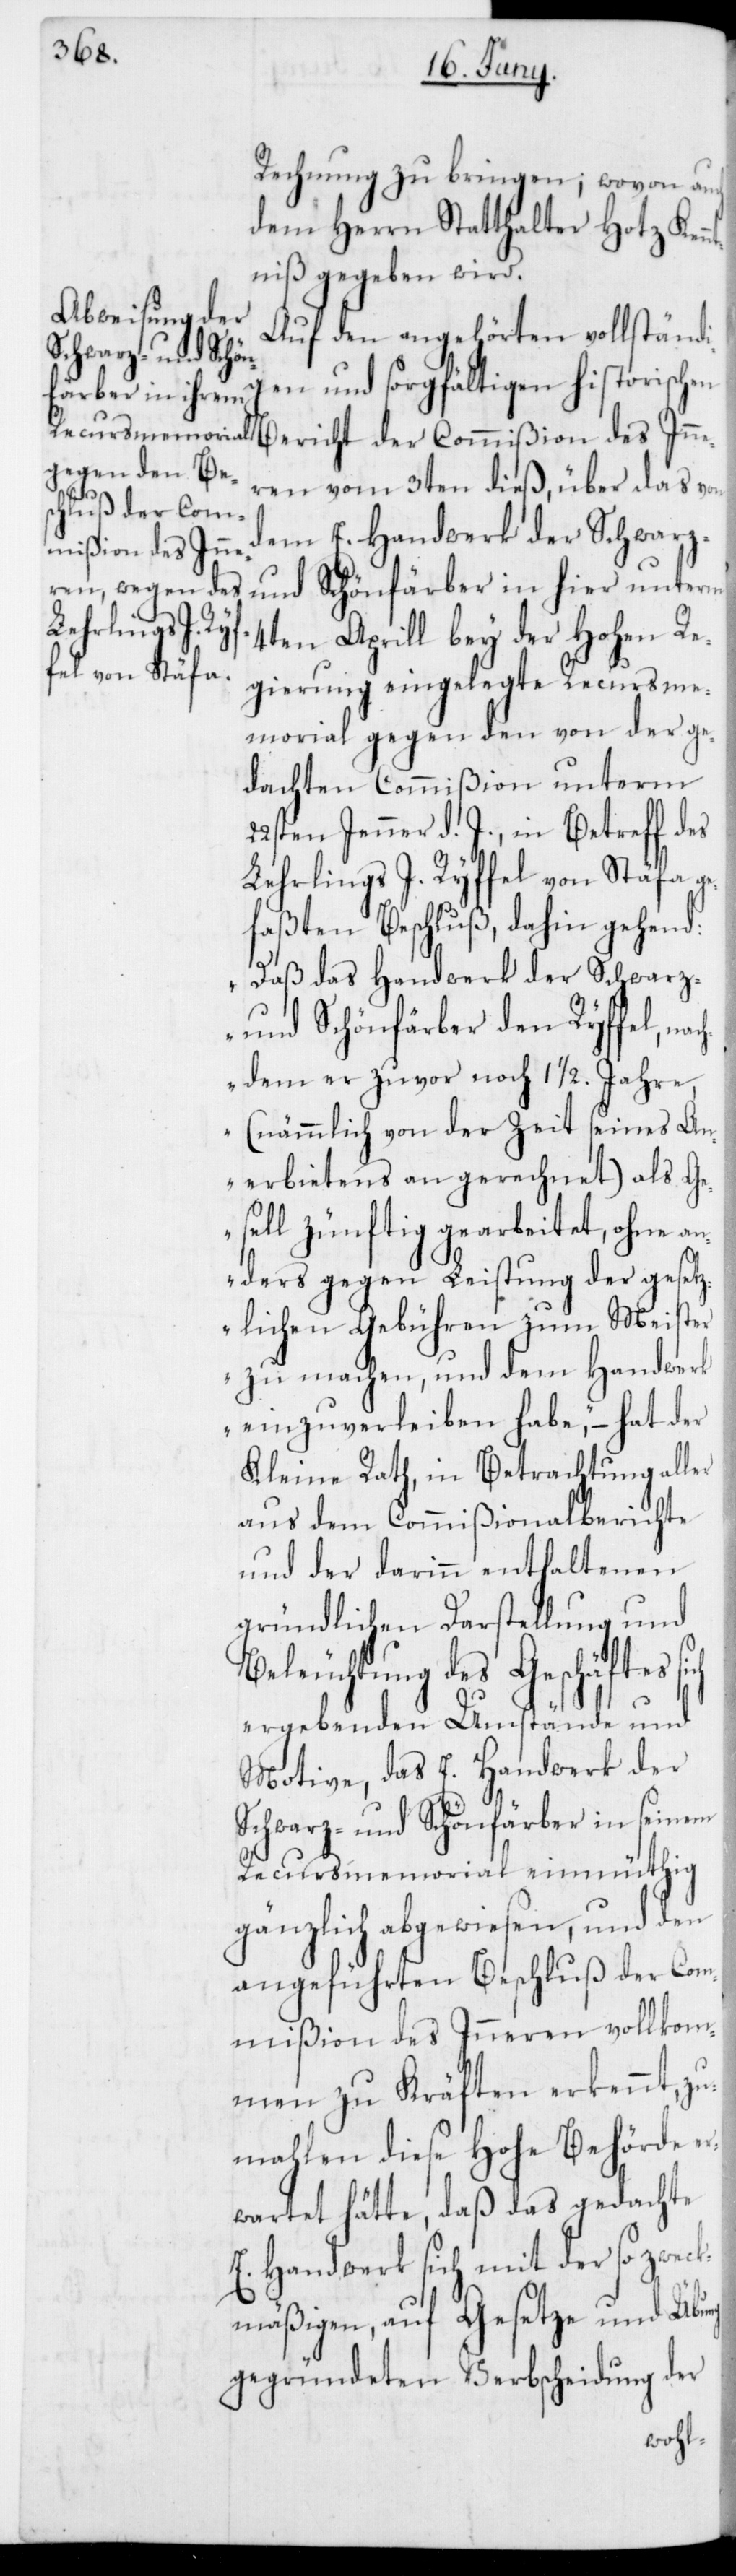
Rechnung zu bringen; wovon auch
dem Herrn Statthalter Hotz Ken¬
ntniß gegeben wird.
Auf den angehörten vollständi¬
gen und sorgfältigen historischen
Bericht der Commißion des Inne¬
ren vom 3ten dieß, über das von
dem E. Handwerk der Schwarz-
und Schönfärber in hier unterm
4ten Aprill bey der Hohen Re¬
gierung eingelegte Recursme¬
morial gegen den von der ge¬
dachten Commißion unterm
22sten Jenner d. J., in Betreff des
Lehrlings J. Ryffel von Stäfa ge¬
faßten Beschluß, dahin gehend:
„Daß das Handwerk der Schwarz-
und Schönfärber den Ryffel, na¬
chdem er zuvor noch 1 1/2. Jahre,
(nämmlich von der Zeit seines An¬
erbietens an gerechnet) als Ge¬
sell zünftig gearbeitet, ohne an¬
ders gegen Leistung der gesetz¬
lichen Gebühren zum Meister
zu machen, und dem Handwerk
einzuverleiben habe,“ – hat der
Kleine Rath, in Betrachtung aller
aus dem Commißionalberichte
und der darinn enthaltenen
gründlichen Darstellung und
Beleuchtung des Geschäftes
ergebenden Umstände und
Motive, das E. Handwerk der
Schwarz- und Schönfärber in seinem
Recursmemorial einmüthig
gänzlich abgewiesen, und den
angeführten Beschluß der Com¬
mißion des Inneren vollkom¬
men zu Kräften erkennt, zu¬
mahlen diese Hohe Behörde er¬
wartet hätte, daß das gedachte
Handwerk sich mit der so z¬
mäßigen, auf Gesetze und Übung
gegründeten Verbscheidung der
weck¬